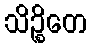
သိဉ္စိတေ